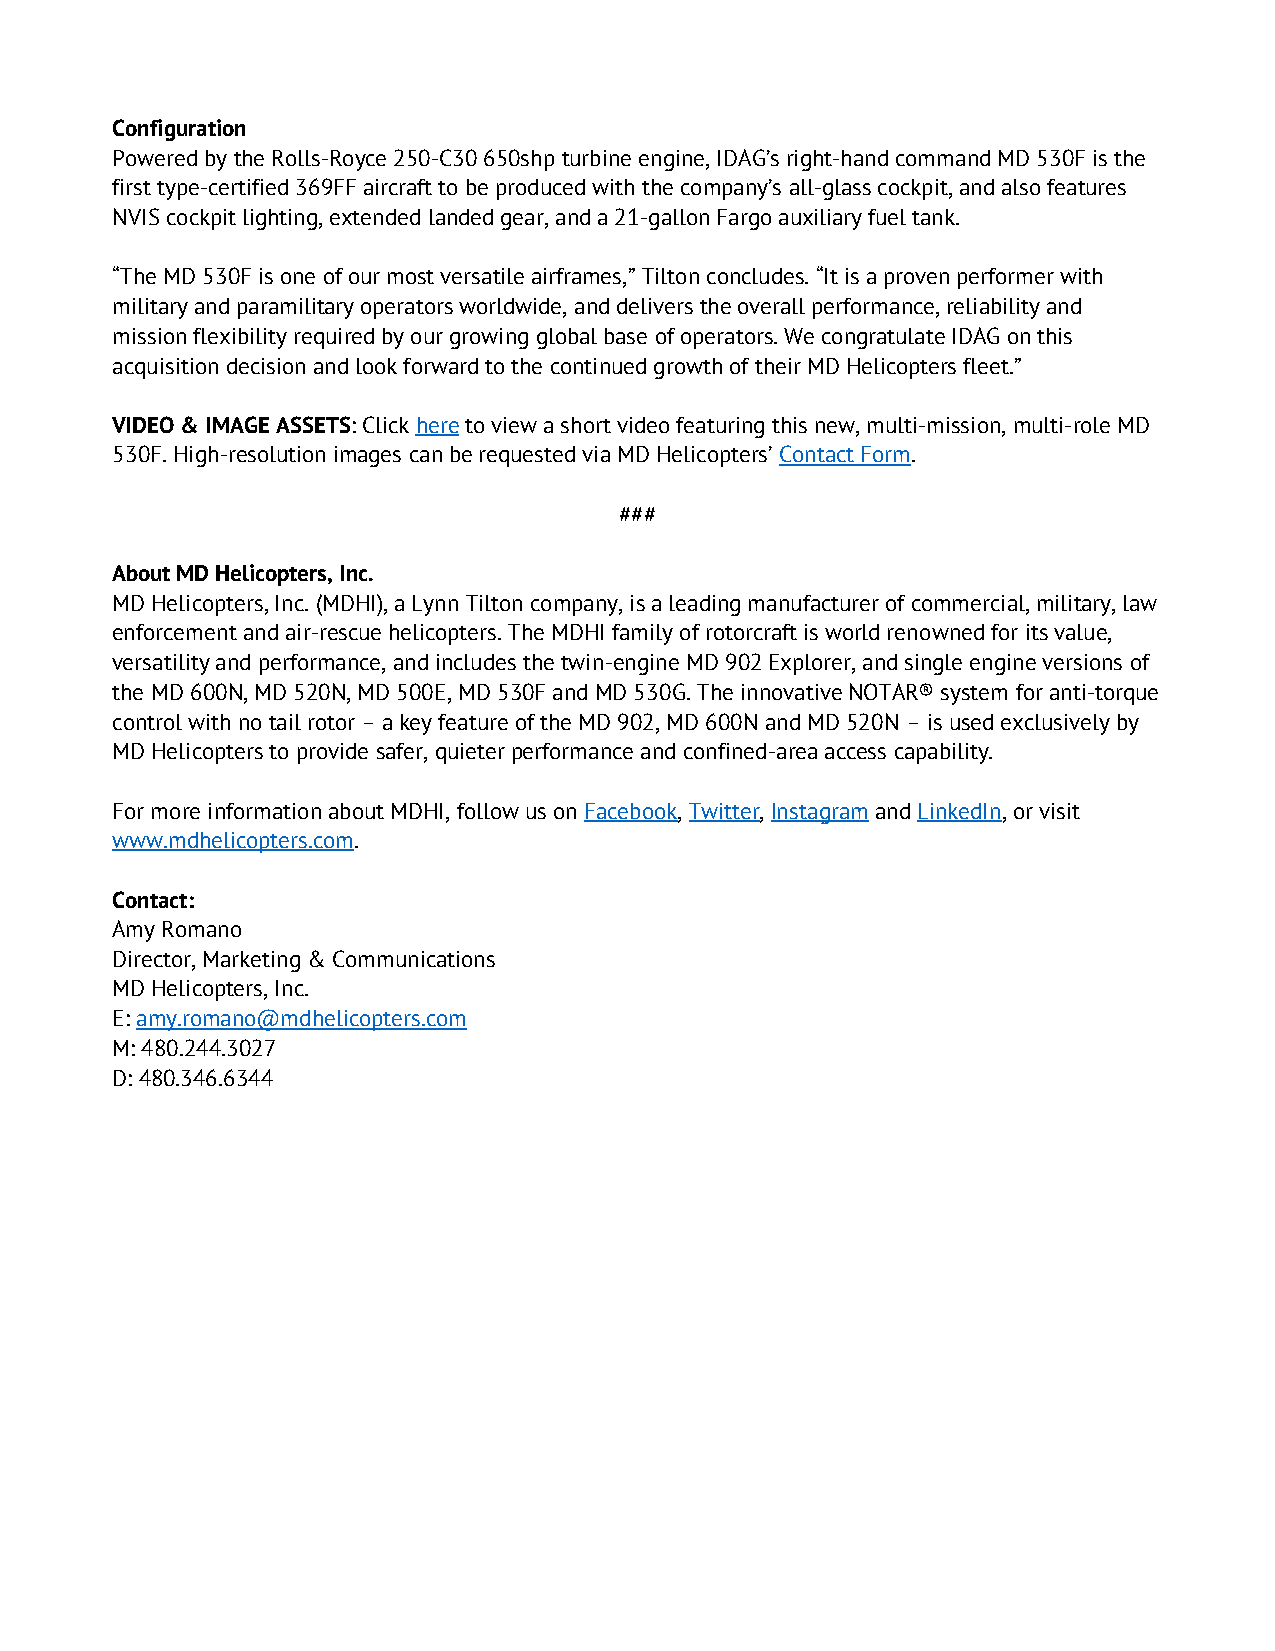
Configuration
 Powered by the Rolls-Royce 250-C30 650shp turbine engine, IDAG’s right-hand command MD 530F is the
 first type-certified 369FF aircraft to be produced with the company’s all-glass cockpit, and also features
 NVIS cockpit lighting, extended landed gear, and a 21-gallon Fargo auxiliary fuel tank.
 “The MD 530F is one of our most versatile airframes,” Tilton concludes. “It is a proven performer with
 military and paramilitary operators worldwide, and delivers the overall performance, reliability and
 mission flexibility required by our growing global base of operators. We congratulate IDAG on this
 acquisition decision and look forward to the continued growth of their MD Helicopters fleet.”
 VIDEO & IMAGE ASSETS: Click here to view a short video featuring this new, multi-mission, multi-role MD
 530F. High-resolution images can be requested via MD Helicopters’ Contact Form.
 ###
 About MD Helicopters, Inc.
 MD Helicopters, Inc. (MDHI), a Lynn Tilton company, is a leading manufacturer of commercial, military, law
 enforcement and air-rescue helicopters. The MDHI family of rotorcraft is world renowned for its value,
 versatility and performance, and includes the twin-engine MD 902 Explorer, and single engine versions of
 the MD 600N, MD 520N, MD 500E, MD 530F and MD 530G. The innovative NOTAR® system for anti-torque
 control with no tail rotor – a key feature of the MD 902, MD 600N and MD 520N – is used exclusively by
 MD Helicopters to provide safer, quieter performance and confined-area access capability.
 For more information about MDHI, follow us on Facebook, Twitter, Instagram and LinkedIn, or visit
 www.mdhelicopters.com.
 Contact:
 Amy Romano
 Director, Marketing & Communications
 MD Helicopters, Inc.
 E: amy.romano@mdhelicopters.com
 M: 480.244.3027
 D: 480.346.6344